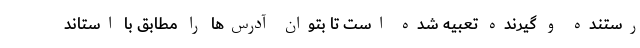
رستنده و گیرنده تعبیه شده است تا بتوان آدرس‌ها را مطابق با استاند